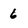
Character: 6